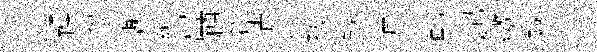
躁葱謝繡宮頋哲沾舟㧞銖墟觀起繳嫁